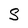
Character: S